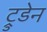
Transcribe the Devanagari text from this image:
ट्रुडेन